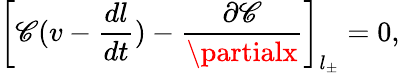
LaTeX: \left[\mathscr{C}(v-\frac{{dl}}{{dt}})-\frac{{\partial\mathscr{C}}}{{\partialx}}\right]_{l_{\pm}}=0,